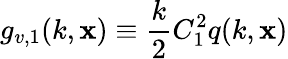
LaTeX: g_{v,1}(k,\mathbf{x})\equiv\frac{{k}}{{2}}C_{1}^{2}q(k,\mathbf{x})